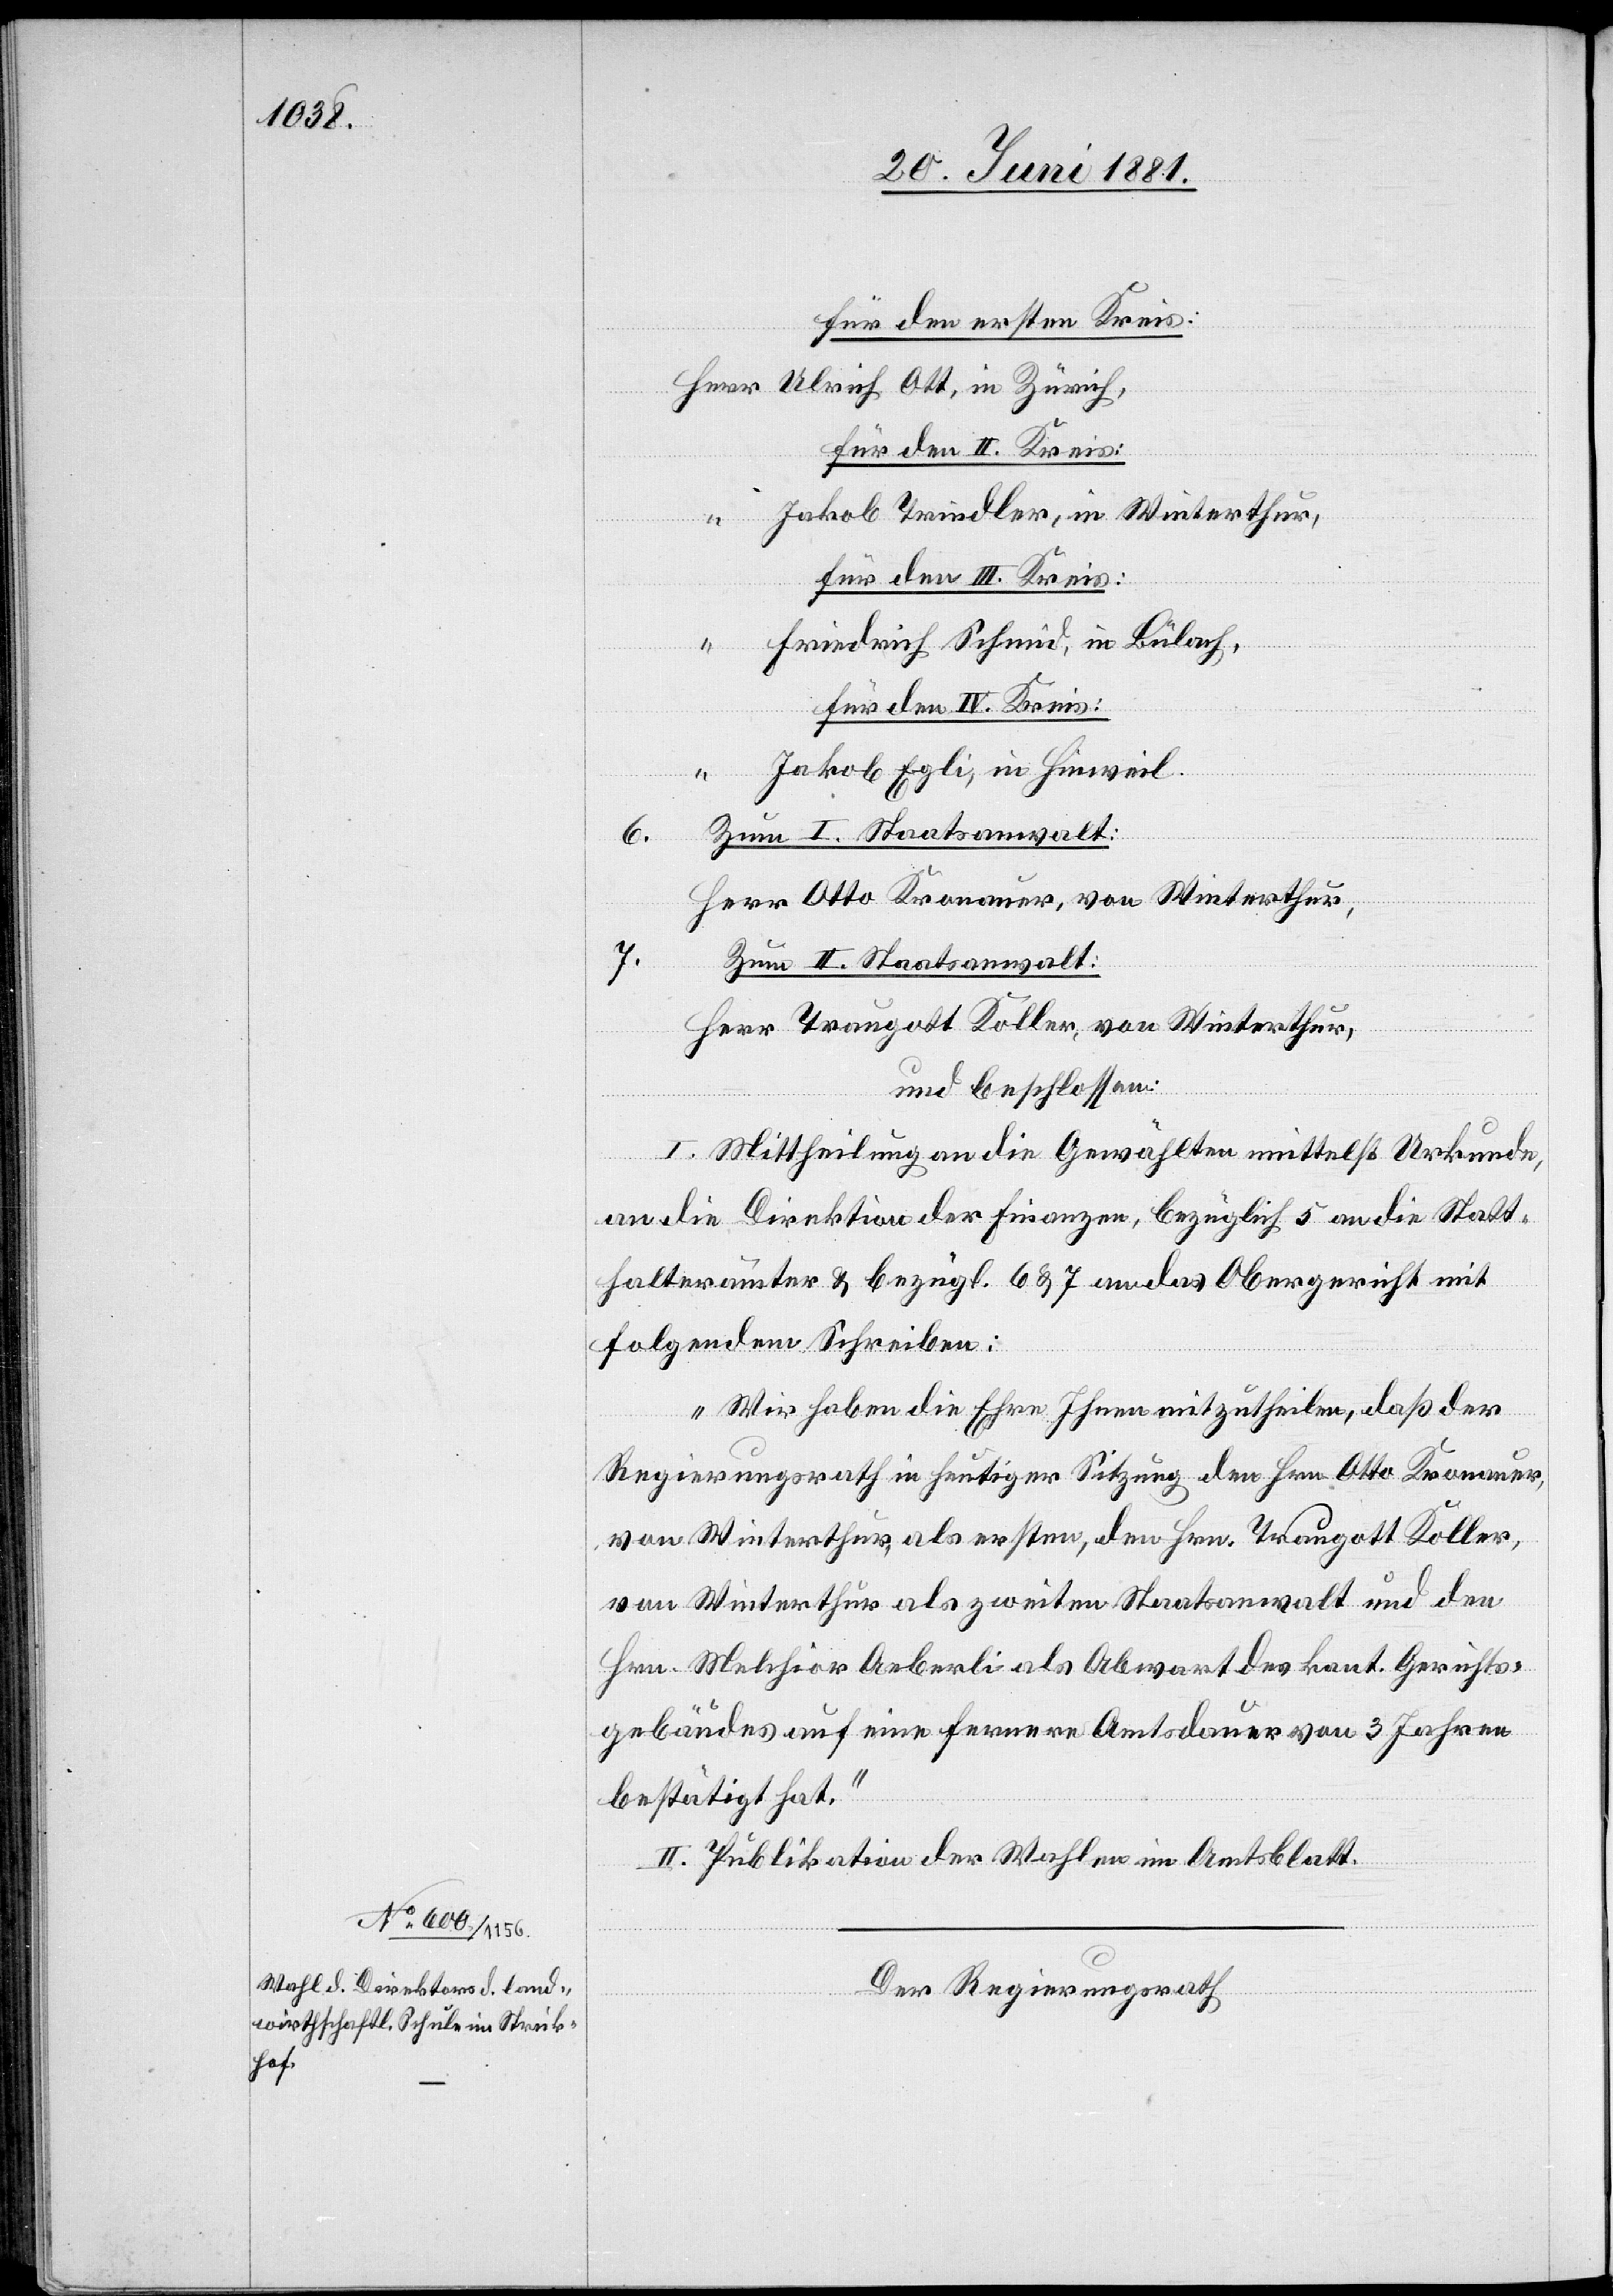
Für den ersten Kreis:
Herr Ulrich Ott, in Zürich,
für den II. Kreis:
“ Jakob Trichler, in Winterthur,
für den IV. Kreis:
Friedrich Schmid, in Bülach,
Jakob Egli, in Hinweil.
6.
Zum II. Staatsanwalt:
Herr Otto Kronauer, von Winterthur,
7.
Herr Traugott Koller, von Winterthur,
und beschlossen:
I. Mittheilung an die Gewählten mittelst Urkunde,
an die Direktion der Finanzen, bezüglich 5 an die Statt¬
halterämter & bezügl. 6 & 7 an das Obergericht mit
folgendem Schreiben:
„Wir haben die Ehre Ihnen mitzutheilen, daß der
Regierungsrath in heutiger Sitzung den Hrn. Otto Kronauer,
von Winterthur, als ersten, den Hrn. Traugott Koller,
von Winterthur als zweiten Staatsanwalt und den
Hrn. Melchor Oeberli als Abwart des kant. Gerichts¬
gebäudes auf eine fernere Amtsdauer von 3 Jahren
bestätigt hat.“
II. Publikation der Wahlen im Amtsblatt.
Der Regierungsrath